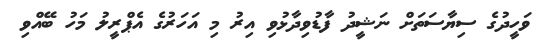
ވަހީދުގެ ސިޔާސަތަށް ނަޝީދު ފާޑުވިދާޅުވި އިރު މި އަހަރުގެ އެޕްރީލު މަހު ބޭއްވި